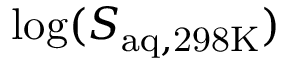
\log ( S _ { \mathrm { a q , 2 9 8 K } } )